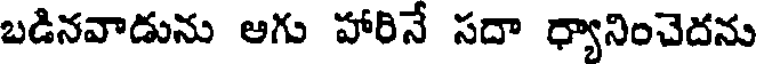
బడినవాడును అగు హారినే సదా ధ్యానించెదను